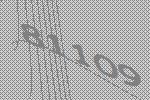
81109